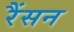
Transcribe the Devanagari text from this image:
रैंसन